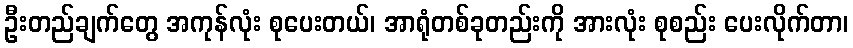
ဦးတည်ချက်တွေ အကုန်လုံး စုပေးတယ်၊ အာရုံတစ်ခုတည်းကို အားလုံး စုစည်း ပေးလိုက်တာ၊